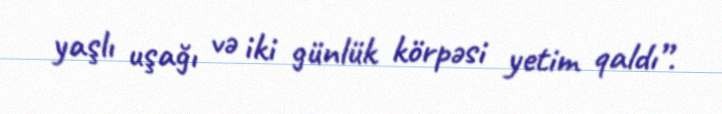
yaşlı uşağı və iki günlük körpəsi yetim qaldı”.